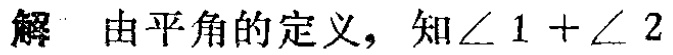
解 由平角的定义，知\(\angle 1 + \angle 2\)